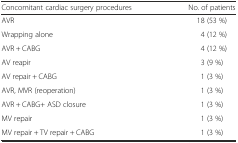
| Concomitant cardiac surgery procedures | No. of patients |
 | --- | --- |
 | AVR | 18 (53 %) |
 | Wrapping alone | 4 (12 %) |
 | AVR + CABG | 4 (12 %) |
 | AV reapir | 3 (9 %) |
 | AV repair + CABG | 1 (3 %) |
 | AVR, MVR (reoperation) | 1 (3 %) |
 | AVR + CABG+ ASD closure | 1 (3 %) |
 | MV repair | 1 (3 %) |
 | MV repair + TV repair + CABG | 1 (3 %) |